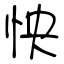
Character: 怏